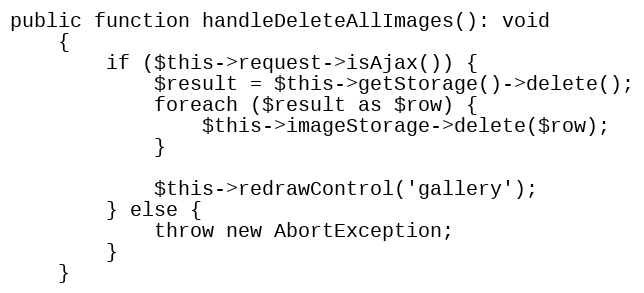
Language: PHP
public function handleDeleteAllImages(): void
	{
		if ($this->request->isAjax()) {
			$result = $this->getStorage()->delete();
			foreach ($result as $row) {
				$this->imageStorage->delete($row);
			}

			$this->redrawControl('gallery');
		} else {
			throw new AbortException;
		}
	}